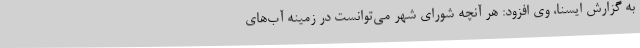
به گزارش ایسنا، وی افزود: هر آنچه شورای شهر می‌توانست در زمینه آب‌های